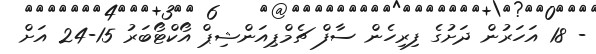
- 18 އަހަރުން ދަށުގެ ފިރިހެން ސާފް ޗެމްޕިއަންޝިޕް އޯކްޓޯބަރު 15-24 އަށް